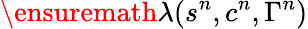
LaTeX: \ensuremath{\lambda}(s^{n},c^{n},\Gamma^{n})